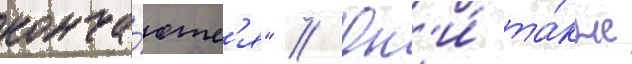
конча́ютс'я" // Он'и́ та́кже